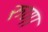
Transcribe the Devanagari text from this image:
रुणा